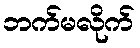
ဘက်မလိုက်